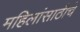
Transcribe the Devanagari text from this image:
महिलांसाठीचे